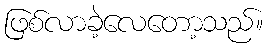
ဖြစ်လာခဲ့လေတော့သည်။